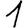
Digit: 1